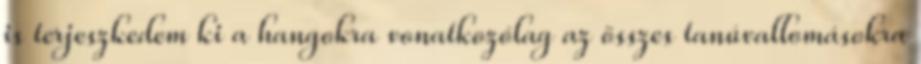
is terjeszkedem ki a hangokra vonatkozólag az összes tanúvallomásokra